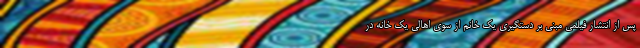
پس از انتشار فیلمی مبنی بر دستگیری یک خانم از سوی اهالی یک خانه در